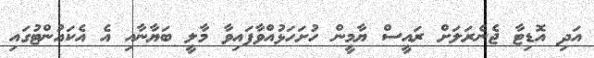
އަދި އޮޑިޓާ ޖެނެރަލަށް ރައީސް ޔާމީން ހުށަހަޅުއްވާފައިވާ މާލީ ބަޔާނާއި އެ އެކައުންޓުގައި